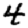
Digit: 4